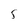
Character: 5